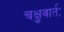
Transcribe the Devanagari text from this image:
चक्षुवार्तः